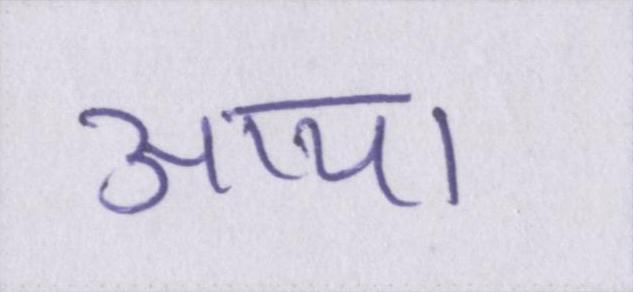
आया